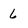
Character: 6